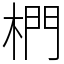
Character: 椚